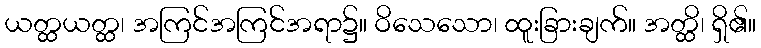
ယတ္ထယတ္ထ၊ အကြင်အကြင်အရာ၌။ ဝိသေသော၊ ထူးခြားချက်။ အတ္ထိ၊ ရှိ၏။